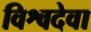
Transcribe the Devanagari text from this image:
विश्वदेवा